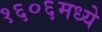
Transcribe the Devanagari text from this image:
१६०६मध्ये